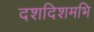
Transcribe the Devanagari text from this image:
दशदिशमभि